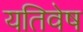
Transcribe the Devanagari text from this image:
यतिवेष